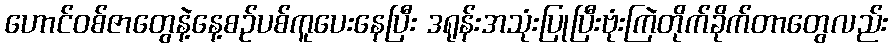
ဟောင်ဝစ်ဇာတွေနဲ့နေ့စဥ်ပစ်ကူပေးနေပြီး ဒရုန်းအသုံးပြုပြီးဗုံးကြဲတိုက်ခိုက်တာတွေလည်း